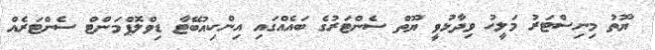
ޔޫތު މިނިސްޓަރު މަލީހު ވިދާޅުވީ ޔޫތް ސެންޓަރުގެ ބައެއްގައި އިންކިއުބޭޓާ ޑިވްލޮޕްމަންޓް ސެންޓަރެއް